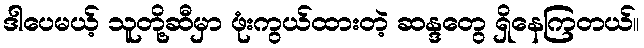
ဒါပေမယ့် သူတို့ဆီမှာ ဖုံးကွယ်ထားတဲ့ ဆန္ဒတွေ ရှိနေကြတယ်။